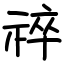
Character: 祽